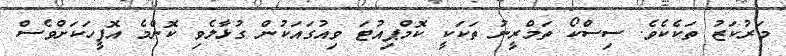
މަރުކަޒު ތަކެކެވެ. ސިސްކޯ ތަމްރީނު ތަކަކީ ކޮމްޕިއުޓަ ވިއުގައަކުން ގުޅާލެވި ކޮންމެ އޮފީހަކަށްވެސް